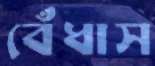
বেঁধাস